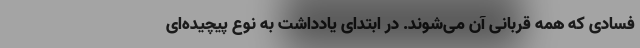
فسادی که همه قربانی آن می‌شوند. در ابتدای یادداشت به نوع پیچیده‌ای